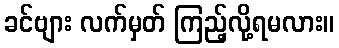
ခင်ဗျား လက်မှတ် ကြည့်လို့ရမလား။